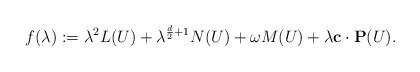
LaTeX: \begin{align*}f(\lambda ):=\lambda^2L(U)+\lambda^{\frac{d}{2}+1}N(U)+\omega M(U)+\lambda \mathbf{c}\cdot \mathbf{P}(U). \end{align*}